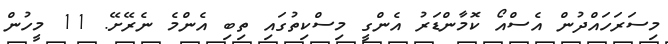
މިސަރަހައްދުން އެސްއޯ ކޮމާންޑަރު އެންގީ މިސްކިތުގައި ތިބި އެންމެ ނެރޭށޭ. 11 މީހުން